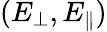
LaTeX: (E_{\perp},E_{\parallel})